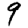
Digit: 9